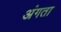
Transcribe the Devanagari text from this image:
अंगता